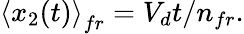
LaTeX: \left\langle x_{2}(t)\right\rangle_{fr}=V_{d}t/n_{fr}.